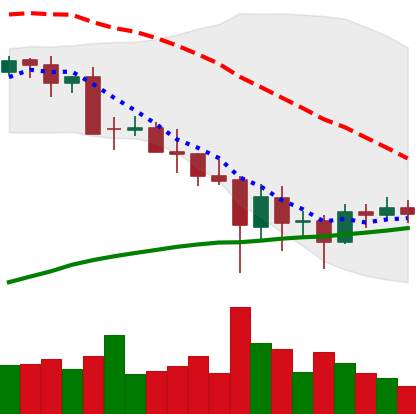
Ticker: BTC-USD
Chart end date: 2021-05-27
Forward return: -4.558%
Label: down_3_5